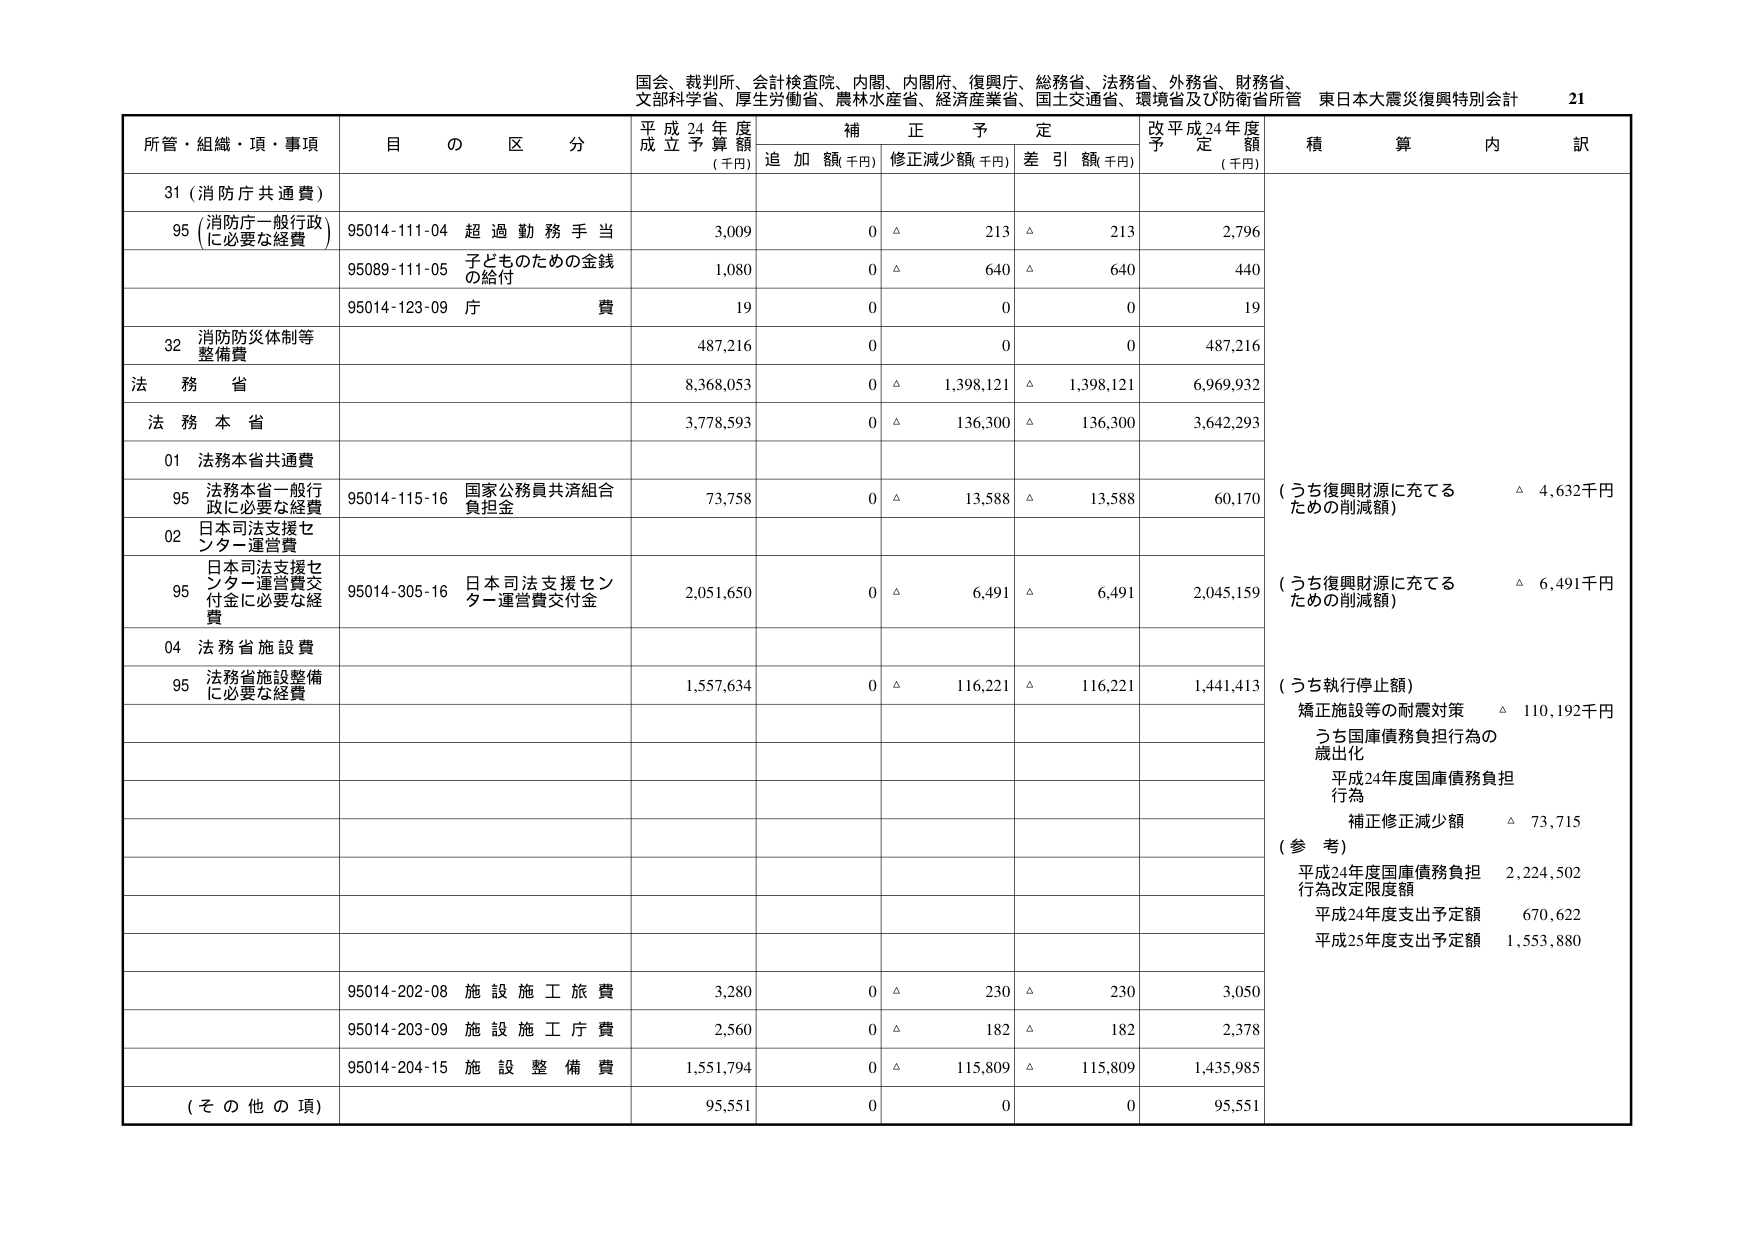
国会、裁判所、会計検査院、内閣、内閣府、復興庁、総務省、法務省、外務省、財務省、
文部科学省、厚生労働省、農林水産省、経済産業省、国土交通省、環境省及び防衛省所管 東日本大震災復興特別会計 21

所管・組織・項・事項 目 の 区 分 平成24年度 成立予算額 (千円) 補正予定 追加額(千円) 修正減少額(千円) 差引額(千円) 改平成24年度 予定額 (千円) 積算内訳

31 (消防庁共通費)

95 (消防庁一般行政 に必要な経費) 95014-111-04 超過勤務手当 3,009 0 △ 213 △ 213 2,796
95089-111-05 子どものための金銭 の給付 1,080 0 △ 640 △ 640 440
95014-123-09 庁費 19 0 0 0 19

32 消防防災体制等 整備費 487,216 0 0 0 487,216

法務省 8,368,053 0 △ 1,398,121 △ 1,398,121 6,969,932

法務本省 3,778,593 0 △ 136,300 △ 136,300 3,642,293

01 法務本省共通費

95 法務本省一般行政に必要な経費 95014-115-16 国家公務員共済組合 負担金 73,758 0 △ 13,588 △ 13,588 60,170

02 日本司法支援センター運営費

95 日本司法支援センター運営費交付金に必要な経費 95014-305-16 日本司法支援センター運営費交付金 2,051,650 0 △ 6,491 △ 6,491 2,045,159

04 法務省施設費

95 法務省施設整備に必要な経費 1,557,634 0 △ 116,221 △ 116,221 1,441,413

(うち復興財源に充てる ための削減額) △ 4,632千円
(うち復興財源に充てる ための削減額) △ 6,491千円
(うち執行停止額)
矯正施設等の耐震対策 △ 110,192千円
うち国庫債務負担行為の 歳出化
平成24年度国庫債務負担 行為
補正修正減少額 △ 73,715
(参考)
平成24年度国庫債務負担 行為改定限度額 2,224,502
平成24年度支出予定額 670,622
平成25年度支出予定額 1,553,880

95014-202-08 施設施工旅費 3,280 0 △ 230 △ 230 3,050
95014-203-09 施設施工庁費 2,560 0 △ 182 △ 182 2,378
95014-204-15 施設整備費 1,551,794 0 △ 115,809 △ 115,809 1,435,985

(その他の項) 95,551 0 0 0 95,551